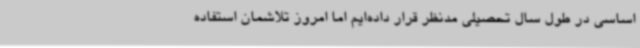
اساسی در طول سال تحصیلی مدنظر قرار داده‌ایم اما امروز تلاشمان استفاده